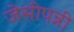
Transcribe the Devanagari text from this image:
जेसीपन्नी